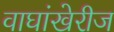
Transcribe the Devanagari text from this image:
वाघांखेरीज